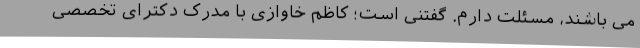
می باشند، مسئلت دارم. گفتنی است؛ کاظم خاوازی با مدرک دکترای تخصصی